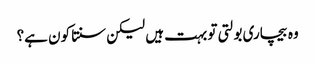
وہ بیچاری بولتی تو بہت ہیں لیکن سنتا کون ہے؟